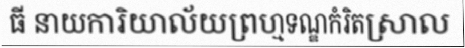
ធី នាយការិយាល័យព្រហ្មទណ្ឌកំរិតស្រាល